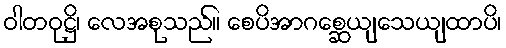
ဝါတဝုဋ္ဌိ၊ လေအစုသည်။ စေပိအာဂစ္ဆေယျသေယျထာပိ၊